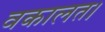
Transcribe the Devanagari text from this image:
वकालत।